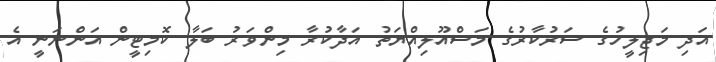
އަދި މަޖިލީހުގެ ސަރުކާރުގެ މަސްއޫލިއްޔަތު އަދާކުރާ މިންވަރު ބަލާ ކޮމިޓީން އަންނަނީ އެ